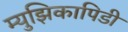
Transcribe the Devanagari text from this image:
म्युझिकापिडी